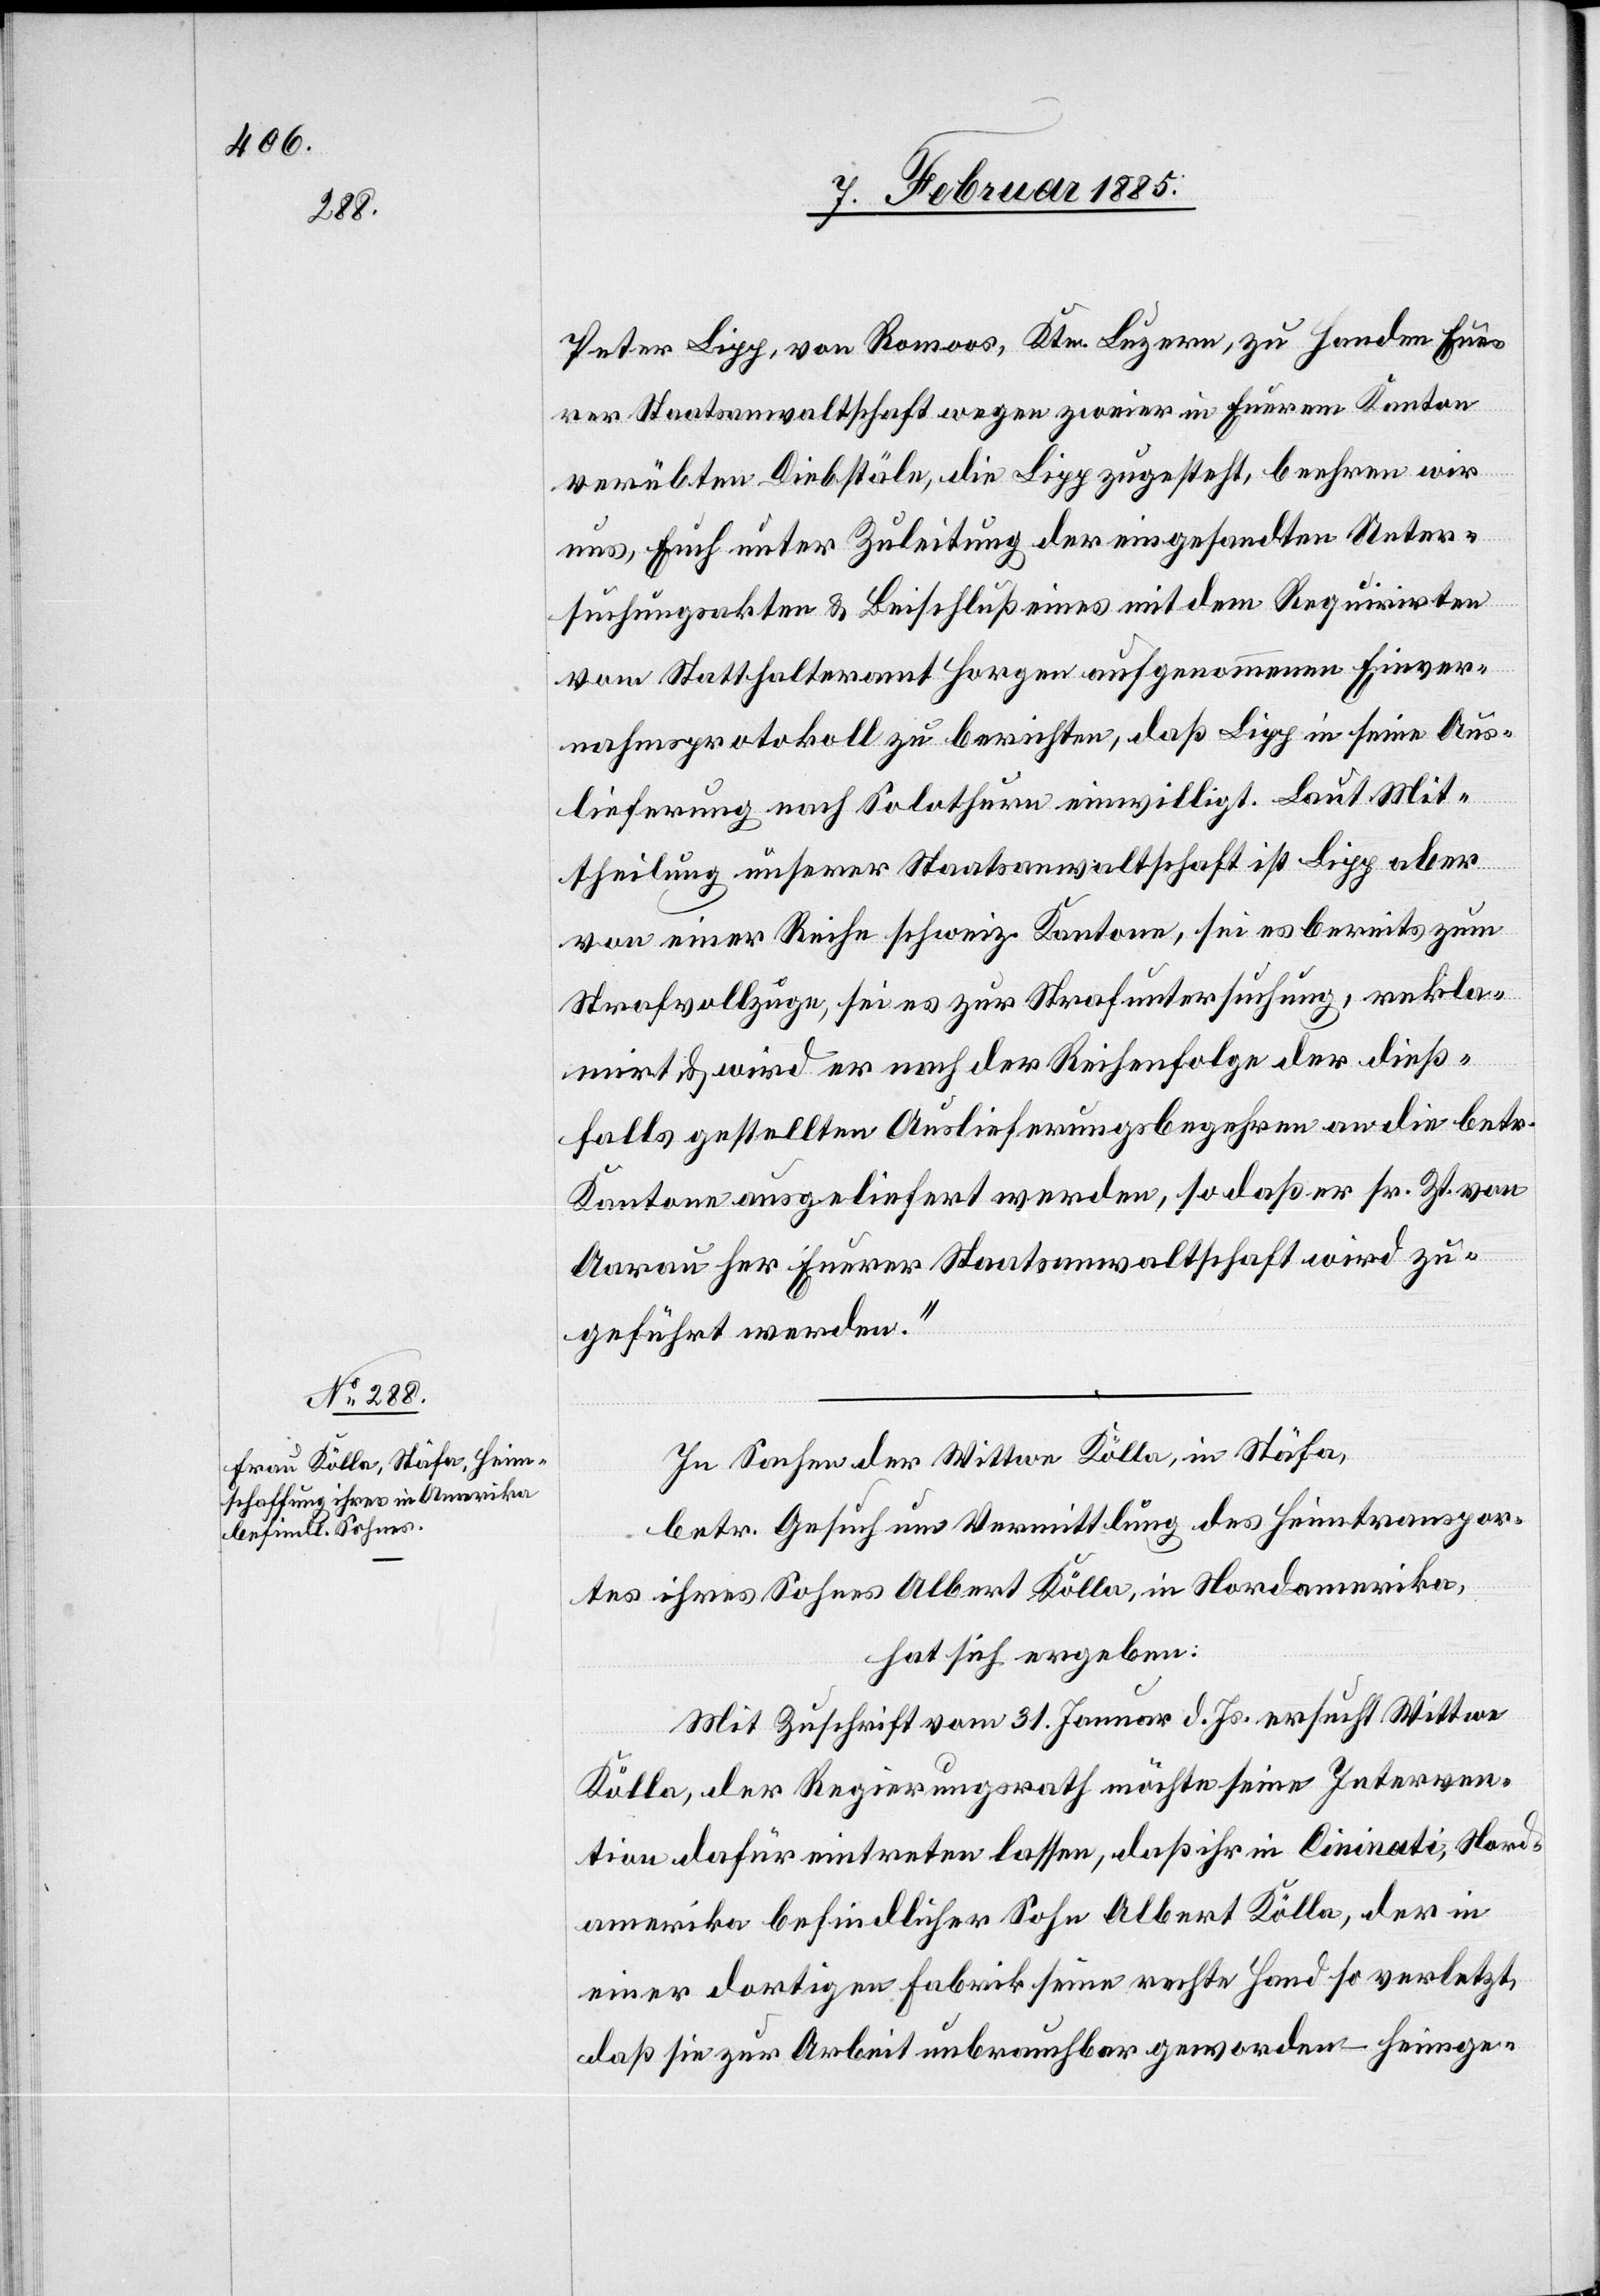
Nord¬

Peter Lipp, von Romoos, Ktn. Luzern, zu Handen Eue¬
rer Staatsanwaltschaft wegen zweier in Eurem Kanton
verübten Diebstäle, die Lipp zugesteht, beehren wir
uns, Euch unter Zuleitung der eingesandten Unter¬
suchungsakten & Beischluß eines mit dem Requirirten
vom Statthalteramt Horgen aufgenommenen Einver¬
nahmsprotokoll zu berichten, daß Lipp in seine Aus¬
lieferung nach Solothurn einwilligt. Laut Mit¬
theilung unserer Staatsanwaltschaft ist Lipp aber
von einer Reihe schweiz. Kantonen, sei es bereits zum
Strafvollzuge, sei es zur Strafuntersuchung, rekla¬
mirt & wird er nach der Reihenfolge der dieß¬
falls gestellten Auslieferungsbegehren an die betr.
Kantone ausgeliefert werden, so daß er sr. Zt. von
Aarau her Eurer Staatsanwaltschaft wird zu¬
geführt werden.“
In Sachen der Wittwe Kölla, in Stäfa,
betr. Gesuch um Vermittlung des Heimtranspor¬
tes ihres Sohnes Albert Kölla, in Nordamerika,
hat sich ergeben:
Mit Zuschrift vom 31. Januar d. Js. ersucht Wittwe
Kölla, der Regierungsrath möchte seine Interven¬
tion dafür eintreten lassen, daß ihr in Ciniati [re¬
amerika befindlicher Sohn Albert Kölla, der in
einer dortigen Fabrik seine rechte Hand so verletzt,
daß sie zur Arbeit zur unbrauchbar geworden – hinge-